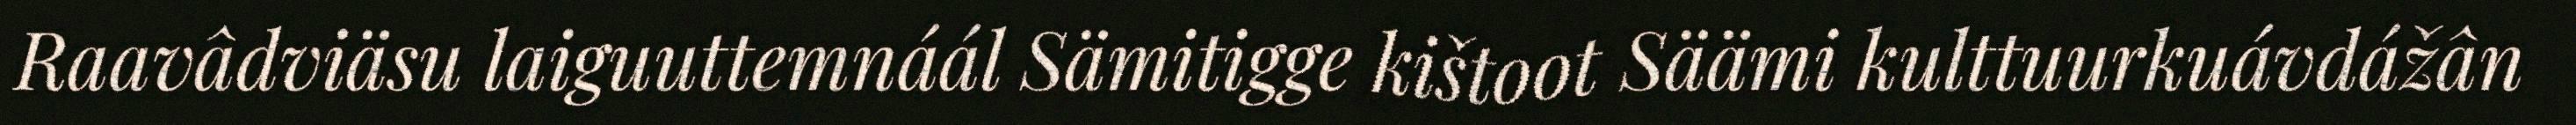
Raavâdviäsu laiguuttemnáál Sämitigge kištoot Säämi kulttuurkuávdážân